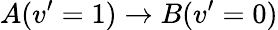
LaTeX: A(v^{\prime}=1)\rightarrow B(v^{\prime}=0)